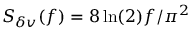
S _ { \delta v } ( f ) = 8 \ln ( 2 ) f / \pi ^ { 2 }